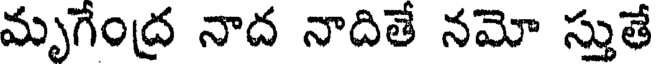
మృగేంద్ర నాద నాదితే నమో స్తుతే